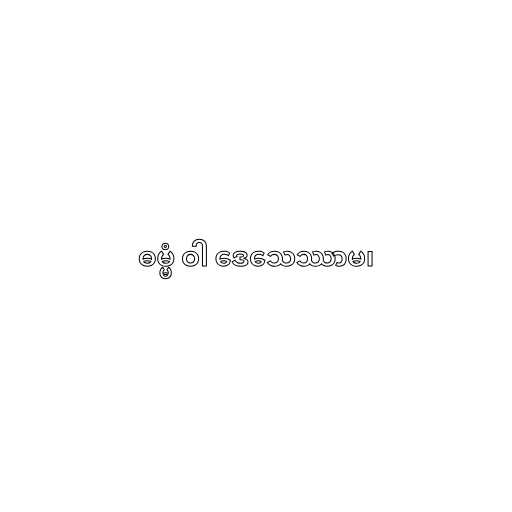
ဓမ္မံ ဝါ ဒေသေဿာမ၊